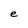
Character: e